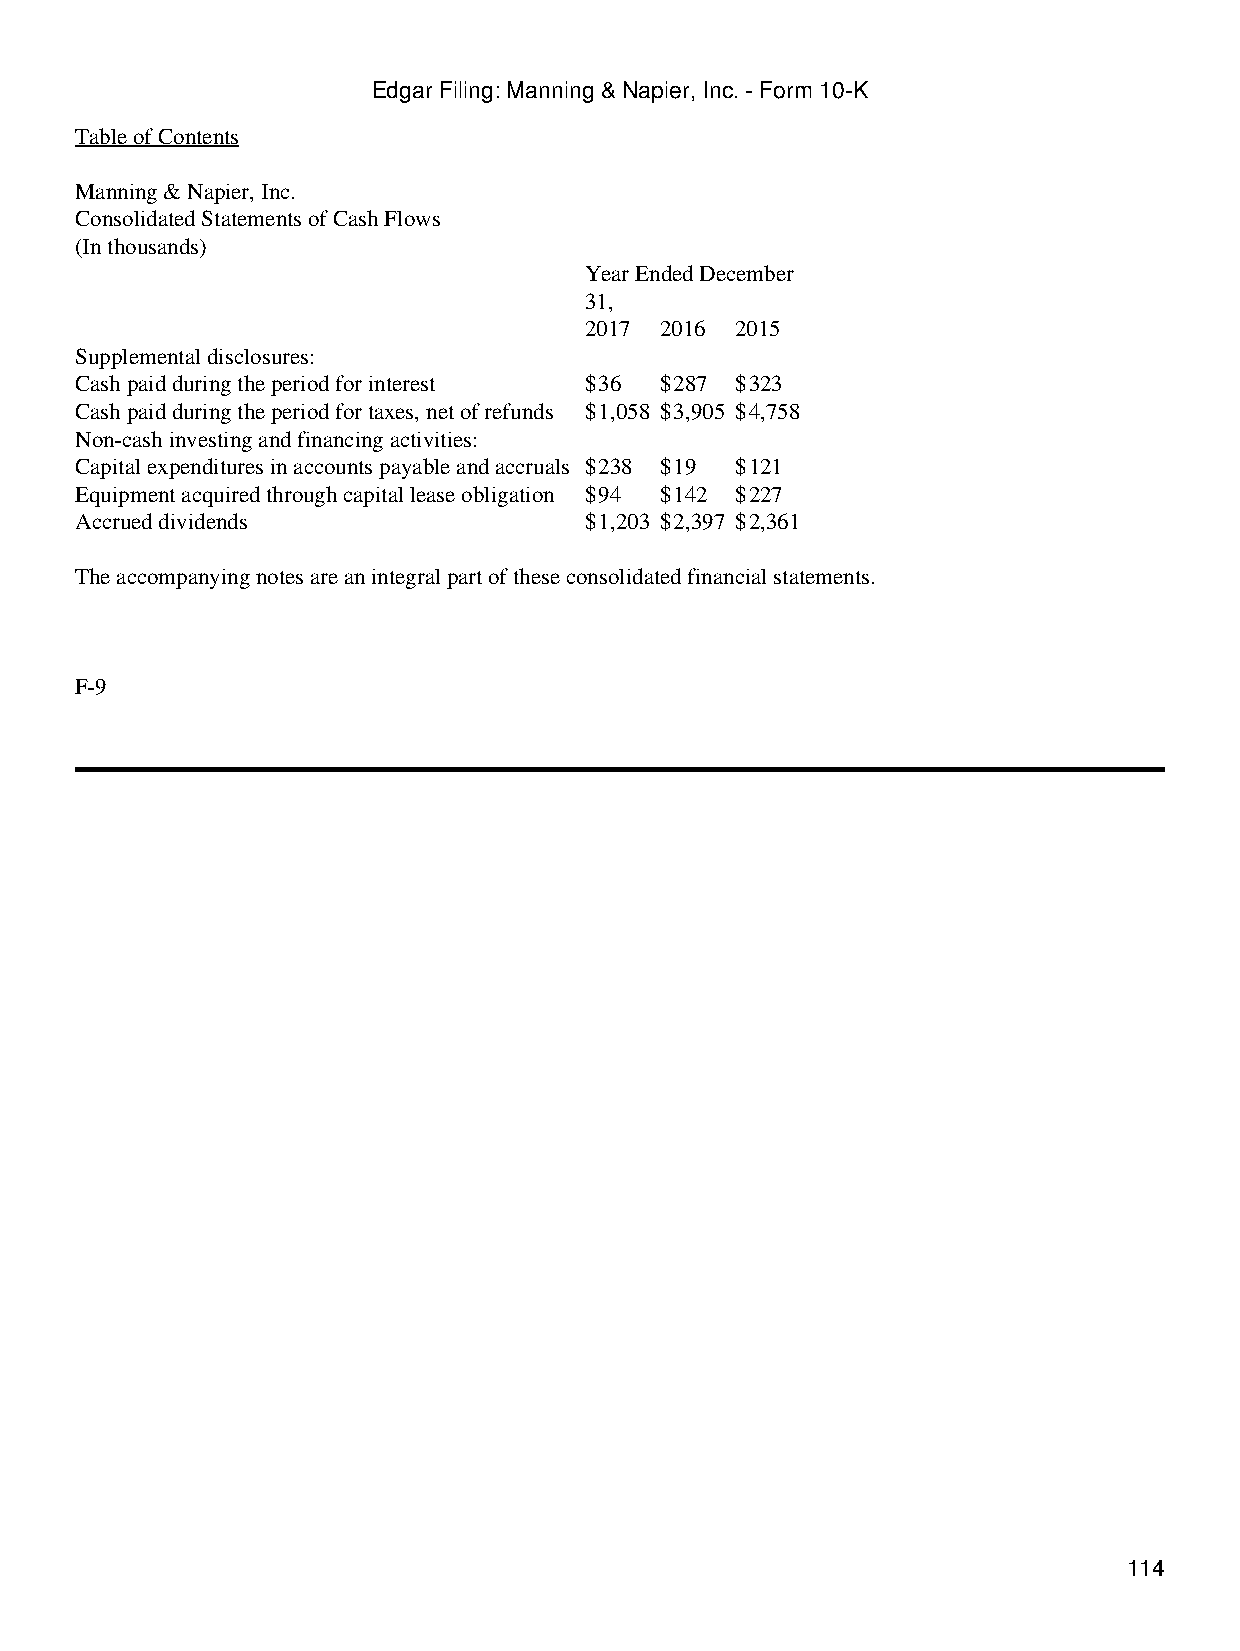
Edgar Filing: Manning & Napier, Inc. - Form 10-K
 Table of Contents
 Manning & Napier, Inc.
 Consolidated Statements of Cash Flows
 (In thousands)
 Year Ended December
 31,
 2017 2016 2015
 Supplemental disclosures:
 Cash paid during the period for interest $36 $287 $323
 Cash paid during the period for taxes, net of refunds $1,058 $3,905 $4,758
 Non-cash investing and financing activities:
 Capital expenditures in accounts payable and accruals $238 $19 $121
 Equipment acquired through capital lease obligation $94 $142 $227
 Accrued dividends                 $1,203 $2,397 $2,361
 The accompanying notes are an integral part of these consolidated financial statements.
 F-9
 114